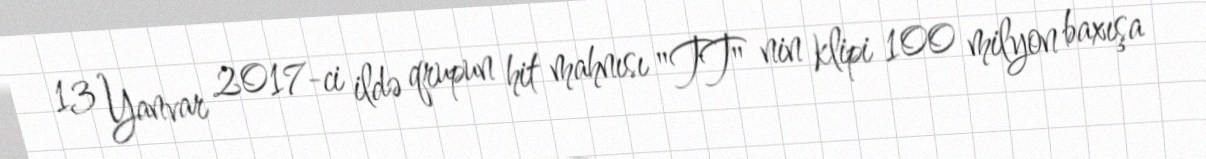
13 Yanvar 2017-ci ildə qrupun hit mahnısı "TT" nin klipi 100 milyon baxışa